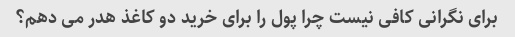
برای نگرانی کافی نیست چرا پول را برای خرید دو کاغذ هدر می دهم؟